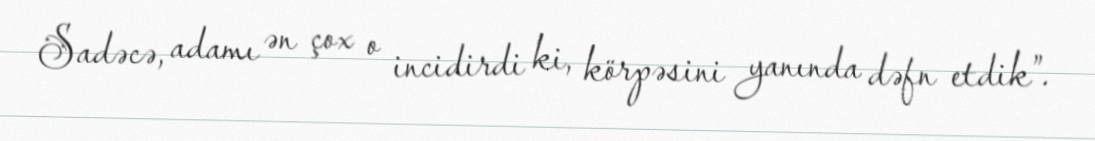
Sadəcə, adamı ən çox o incidirdi ki, körpəsini yanında dəfn etdik”.